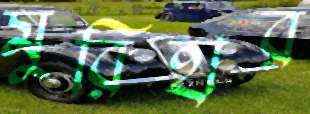
মুরিহার